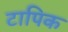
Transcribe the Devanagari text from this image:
टापिक